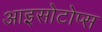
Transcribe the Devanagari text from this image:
आइसोटोप्स